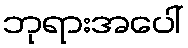
ဘုရားအပေါ်